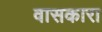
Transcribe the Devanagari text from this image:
वासकारा